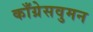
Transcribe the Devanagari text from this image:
काँग्रेसवुमन